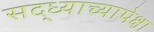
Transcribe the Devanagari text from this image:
सद्ध्याच्यापेक्षा